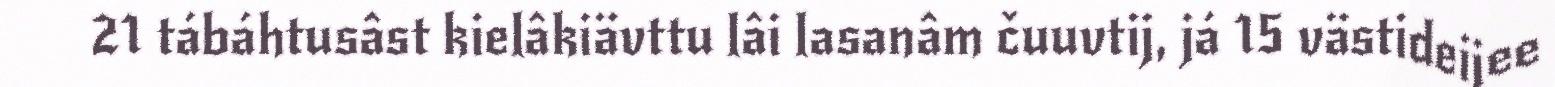
21 tábáhtusâst kielâkiävttu lâi lasanâm čuuvtij, já 15 västideijee